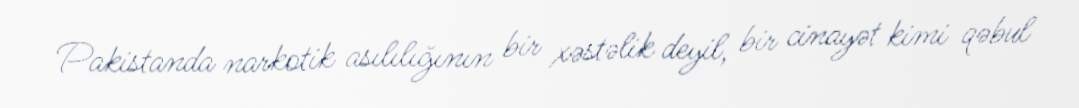
Pakistanda narkotik asılılığının bir xəstəlik deyil, bir cinayət kimi qəbul